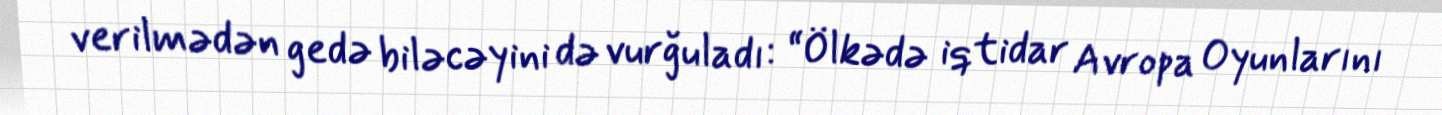
verilmədən gedə biləcəyini də vurğuladı: “Ölkədə iqtidar Avropa Oyunlarını